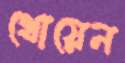
থোয়েন